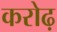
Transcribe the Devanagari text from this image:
करोढ़